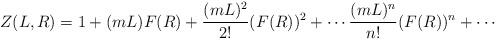
LaTeX: \begin{align*}Z(L,R) = 1 + (m L) F(R) + \frac{(m L)^2}{2!} (F(R))^2 + \cdots \frac{(m L)^n}{n!} (F(R))^n + \cdots \end{align*}